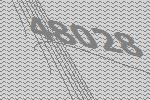
48028